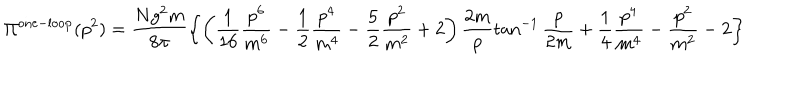
\Pi ^ { \mathrm { o n e - l o o p } } ( p ^ { 2 } ) = \frac { N g ^ { 2 } m } { 8 \pi } \left\{ \left( \frac { 1 } { 1 6 } \frac { p ^ { 6 } } { m ^ { 6 } } - \frac { 1 } { 2 } \frac { p ^ { 4 } } { m ^ { 4 } } - \frac { 5 } { 2 } \frac { p ^ { 2 } } { m ^ { 2 } } + 2 \right) \frac { 2 m } { p } \tan ^ { - 1 } \frac { p } { 2 m } + \frac { 1 } { 4 } \frac { p ^ { 4 } } { m ^ { 4 } } - \frac { p ^ { 2 } } { m ^ { 2 } } - 2 \right\}